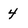
Character: 4